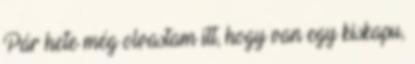
Pár hete még olvastam itt, hogy van egy kiskapu,